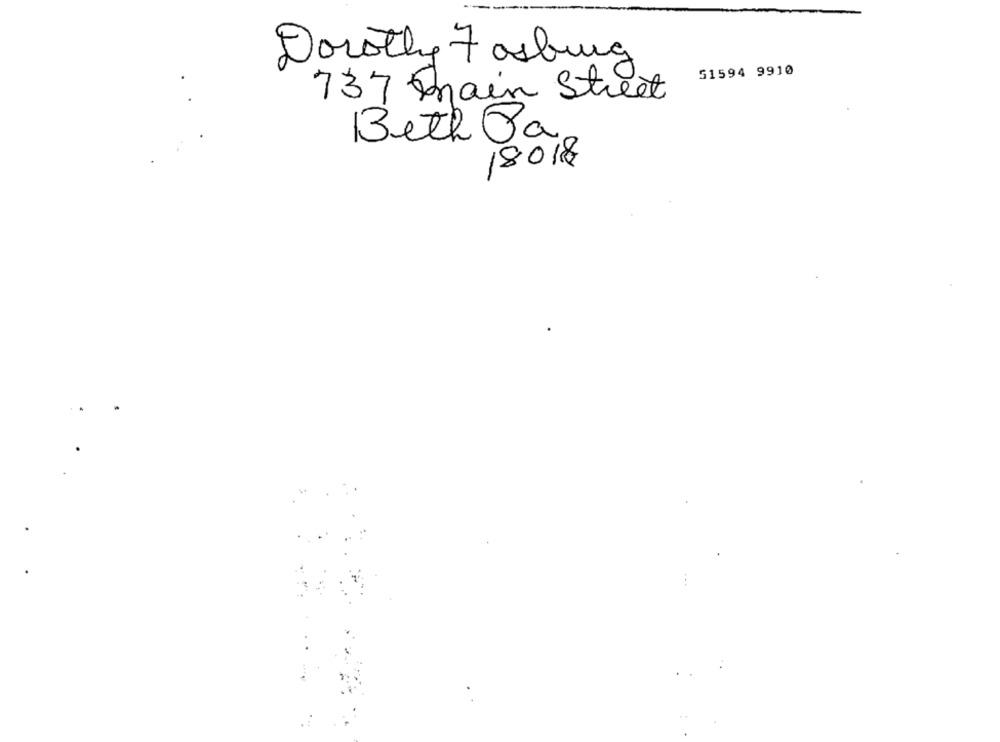
Dorothy 7 osburg
51594 9910
737 main Street
Beth Ja
18018